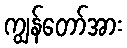
ကျွန်တော်အား